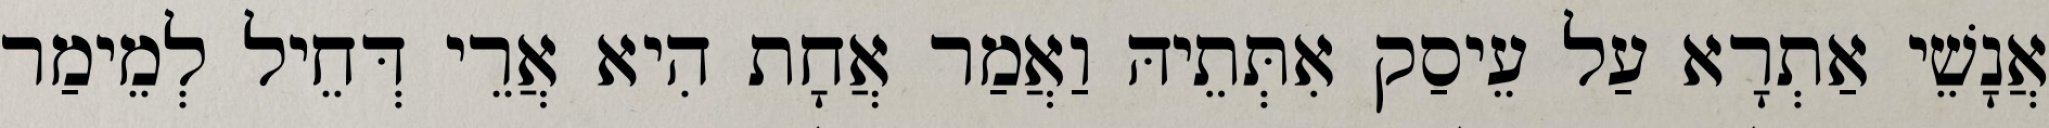
אֲנָשֵׁי אַתְרָא עַל עֵיסַק אִתְּתֵיהּ וַאֲמַר אֲחָת הִיא אֲרֵי דְּחֵיל לְמֵימַר